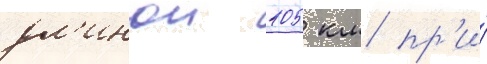
дл'инои 105 км пр'и́